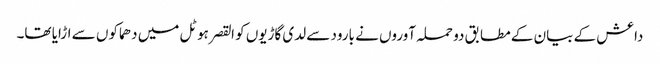
داعش کے بیان کے مطابق دو حملہ آوروں نے بارود سے لدی گاڑیوں کو القصر ہوٹل میں دھماکوں سے اڑایا تھا۔